Calcutta medical institutions reports 1892-1900
Year: 1892
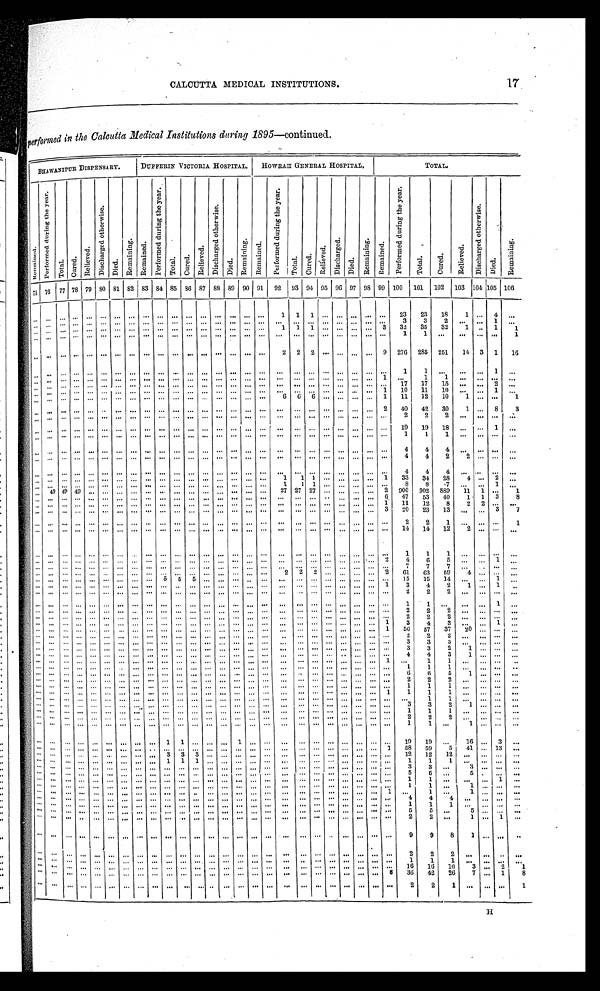
CALCUTTA MEDICAL INSTITUTIONS
17
performed in the Calcutta Medical Institutions during 1895 —continued.
BHAWANIPUR DISPENSARY.
DUFFERIN VICTORIA HOSPITAL.
HOWRAH GENERAL HOSPITAL.
TOTAL.
R e m a i n e d
P e r f o r m e d d u r i n g t h e y e a r .
T o t a l . C u r e d .
Relieved.
D i s c h a r g e d o t h e r w i s e .
D i e d .
R e m a i n i n g . R e m a i n e d .
P e r f o r m e d d u r i n g t h e y e a r .
T o t a l .
Cured.
R e l i e v e d .
D i s c h a r g e d o t h e r w i s e .
D i e d .
R e m a i n i n g .
R e m a i n e d .
P e r f o r m e d d u r i n g t h e y e a r .
T o t a l .
C u r e d .
R e l i e v e d .
Di s c ha r ge d.
D i e d .
R e m a i n i n g .
R e m a i n e d .
P e r f o r m e d d u r i n g t h e y e a r .
T o t a l .
C u r e d .
R e l i e v e d .
D i s c h a r g e d o t h e w i s e .
D i e d .R
e m a i n i n g .
7 5 76
77 78 79 8O 81 82 83 84 85 86 87 88 89 90 91
92
93 94 95 96 97 98 99 100
101
102
103 104 105 1 0 6
. . .
. . .
. . .
. . . . . .
. . .
. . .
. . .
. . .
. . .
. . . . . .
. . .
. . .
. . .
. . .
. . .
1
1
1
. . . . . .
. . .
. . .
. . .
23
23
18
1
. . . 4
. . .
. . . . . .
. . .
. . . . . .
. . .
. . .
. . .
. . .
. . .
. . . . . .
. . .
. . .
. . .
. . .
. . .
. . .
. . .
. . .
. . .. . .
. . .
. . .
. . .
3
3
2
. . .
. . .
1
. . .
. . . . . .
. . .
. . . . . .
. . .
. . .
. . .
. . .
. . .
. . . . . .
. . .
. . .
. . .
. . .
. . .
1
1
1
. . . . . .
. . .
. . . 3
32
35
32
1
. . . 1
1
. . . . . .
. . .
. . . . . .
. . .
. . .
. . .
. . .
. . .
. . .. . .
. . .
. . .
. . .
. . .
. . .
. . .
. . .
. . .
. . .. . .
. . .
. . .
. . .
1
1
. . .
. . .
. . .
. . .
1
. . .
. . .
. . .
. . . . . .
. . .
. . .
. . .
. . .
. . .
. . .. . .
. . .
. . .
. . .
. . .
. . .
2
2
2
. . . . . .
. . .
. . . 9
276
285
251
14
3
1
16
. . .
. . .
. . .
. . . . . .
. . .
. . .
. . .
. . .
. . .
. . .
. . .
. . .
. . .
. . .
. . .
. . .
. . .
. . .
. . .
. . .
. . .
. . .
. . .
. . .
1
1
. . .
. . .
. . .
1
. . .
. . .
. . .
. . .
. . . . . .
. . .
. . .
. . .
. . .
. . .
. . .
. . .
. . .
. . .
. . .
. . .
. . .
. . .
. . .
. . .
. . .
. . .
. . .
. . . 1
. . .
1
1
. . .
. . .
. . .
. . .
. . .
. . .
. . .
. . . . . .
. . .
. . .
. . .
. . .
. . .
. . .
. . .
. . .
. . .
. . .
. . .
. . .
. . .
. . .
. . .
. . .
. . .
. . .
. . . . . .
17
17
15
. . .
. . . 2
. . .
. . .
. . .
. . .
. . . . . .
. . .
. . .
. . .
. . .
. . .
. . .
. . .
. . .
. . .
. . .
. . .
. . .
. . .
. . .
. . .
. . .
. . .
. . .
. . .
1
1 0
1 1
1 0
. . .
. . .
1
. . .
. . .
. . .
. . .
. . . . . .
. . .
. . .
. . .
. . .
. . .
. . .
. . .
. . .
. . .
. . .
. . .
. . .
6
6
6
. . .
. . .
. . .
. . .
1
11
12
10
1
. . .
. . .
1
. . .
. . .
. . .
. . .. . .
. . .
. . .
. . .
. . .
. . .
. . .
. . .
. . .
. . .
. . .
. . .
. . .
. . .
. . .
. . .
. . .
. . .
. . .
. . . 2
40
42
30
1
. . .
8
3
. . .
. . .
. . .
. . .. . .
. . .
. . .
. . .
. . .
. . .
. . .
. . .
. . .
. . .
. . .
. . .
. . .
. . .
. . .
. . .
. . .
. . .
. . .
. . .
. . .
2
2
2
. . .
. . .
. . .
. . .
. . .
. . .
. . .
. . .. . .
. . .
. . .
. . .
. . .
. . .
. . .
. . .
. . .
. . .
. . .
. . .
. . .
. . .
. . .
. . .
. . .
. . .
. . .
. . .
. . . 19
19
18
. . .
. . . 1
. . .
. . .
. . .
. . .
. . .. . .
. . .
. . .
. . .
. . .
. . .
. . .
. . .
. . .
. . .
. . .
. . .
. . .
. . .
. . .
. . .
. . .
. . .
. . .
. . .
. . .
1
1
1
. . .
. . .
. . .
. . .
. . .
. . .
. . .
. . .. . .
. . .
. . .
. . .
. . .
. . .
. . .
. . .
. . .
. . .
. . .
. . .
. . .
. . .
. . .
. . .
. . .
. . .
. . .
. . .
. . .
4
4
4
. . .
. . .
. . .
. . .
. . .
. . .
. . .
. . .. . .
. . .
. . .
. . .
. . .
. . .
. . .
. . .
. . .
. . .
. . .
. . .
. . .
. . .
. . .
. . .
. . .
. . .
. . .
. . .
. . .
4
4
2
2
. . .
. . .
. . .
. . .
. . .
. . .
. . .. . .
. . .
. . .
. . .
. . .
. . .
. . .
. . .
. . .
. . .
. . .
. . .
. . .
. . .
. . .
. . .
. . .
. . .
. . .
. . .
. . .
4
4
4 . . .
. . .
. . .
. . .
. . .
. . .
. . .
. . .. . .
. . .
. . .
. . .
. . .
. . .
. . .
. . .
. . .
. . .
. . .
. . .
. . .
1
1 1
. . .
. . .
. . .
. . .
1
33
34
28
4
. . . 2
. . .
. . .
. . .
. . .
. . .. . .
. . .
. . .
. . .
. . .
. . .
. . .
. . .
. . .
. . .
. . .
. . .
. . .
1
1
1
. . .
. . .
. . .
. . .
. . .
8
8
7
. . .
. . . 1
. . .
. . . 49 49 49 . . .
. . .
. . .
. . .
. . .
. . .
. . .
. . .
. . .
. . .
. . .
. . .
. . .
27 27 27
. . .
. . .
. . . . . .
2
900
902
889
11
1
. . .
1
. . .
. . .
. . .
. . .. . .
. . .
. . .
. . .
. . .
. . .
. . .
. . .
. . .
. . .
. . .
. . .
. . .
. . .
. . .
. . .
. . .
. . .
. . .
. . . 6
47
53
40
1
1
3
8
. . .
. . .
. . .
. . .. . .
. . .
. . .
. . .
. . .
. . .
. . .
. . .
. . .
. . .
. . .
. . .
. . .
. . .
. . .
. . .
. . .
. . .
. . .
. . . 1
11
12
8
2
2
. . .
. . .
. . .
. . .
. . .
. . .. . .
. . .
. . .
. . .
. . .
. . .
. . .
. . .
. . .
. . .
. . .
. . .
. . .
. . .
. . .
. . .
. . .
. . .
. . .
. . . 3
20
23
13
. . .
. . . 3
7
. . .
. . .
. . .
. . .. . .
. . .
. . .
. . .
. . .
. . .
. . .
. . .
. . .
. . .
. . .
. . .
. . .
. . .
. . .
. . .
. . .
. . .
. . .
. . .
. . .
2
2
1 . . .
. . .
. . .
1
. . .
. . .
. . .
. . .. . .
. . .
. . .
. . .
. . .
. . .
. . .
. . .
. . .
. . .
. . .
. . .
. . .
. . .
. . .
. . .
. . .
. . .
. . .
. . .
. . .
14
14
12
2
. . .
. . .
. . .
. . .
. . .
. . .
. . .. . .
. . .. . . . . .
. . .
. . .
. . .
. . .
. . .
. . .. . . . . .
. . .
. . .
. . .
. . .
. . .
. . .
. . .
. . .
. . .
1
1
1
. . .
. . .
. . .
. . .
. . .
. . .
. . .
. . .. . .
. . .. . . . . .
. . .
. . .
. . .
. . .
. . .
. . .. . . . . .
. . .
. . .
. . .
. . .
. . .
. . .
. . .
. . .
2
4
6
5
. . .
. . . 1
. . .
. . .
. . .
. . .
. . .. . .
. . .. . . . . .
. . .
. . .
. . .
. . .
. . .
. . .. . . . . .
. . .
. . .
. . .
. . .
. . .
. . .
. . .
. . .
. . .
7
7
7
. . .
. . .
. . .
. . .
. . .
. . .
. . .
. . .. . .
. . .. . . . . .
. . .
. . .
. . .
. . .
. . .
. . .. . . . . .
. . .
2
2
2
. . .
. . .
. . .
. . .
2
61
63
59
4
. . .
. . .
. . .
. . .
. . .
. . .
. . .. . .
. . .. . . . . .
. . .
5
5
5
. . .
. . .. . . . . .
. . .
. . .
. . .
. . .
. . .
. . .
. . .
. . .
. . .
15
15
14
. . .
. . . 1
. . .
. . .
. . .
. . .
. . .. . .
. . .. . . . . .
. . .
. . .
. . .
. . .
. . .
. . .. . . . . .
. . .
. . .
. . .
. . .
. . .
. . .
. . .
. . . 1
3
4
2
1
. . .
1
. . .
. . .
. . .
. . .
. . .. . .
. . .. . . . . .
. . .
. . .
. . .
. . .
. . .
. . .. . . . . .
. . .
. . .
. . .
. . .
. . .
. . .
. . .
. . .
. . .
2
2
2
. . .
. . .
. . .
. . .
. . .
. . .
. . .
. . .
. . .
. . .
. . .. . .
. . .
. . .
. . .
. . .
. . .
. . .
. . .
. . .
. . .
. . .
. . .
. . .
. . .
. . .
. . .
. . .
. . .
1
1
. . .
. . .
. . . 1
. . .
. . . . . .
. . .
. . .
. . .
. . .
. . . . . .
. . .
. . .
. . .
. . .
. . .
. . .
. . .
. . .
. . .
. . .
. . .
. . .
. . .
. . .
. . .
. . .
. . .
2
2
2
. . .
. . .
. . .
. . .
. . .
. . .
. . .
. . .
. . .
. . .
. . . . . .
. . .
. . .
. . .
. . .
. . .
. . .
. . .
. . .
. . .
. . .
. . .
. . .
. . .
. . .
. . .
. . .
. . .
2
2
2
. . .
. . .
. . .
. . .
. . .
. . .
. . .
. . .
. . .
. . .
. . . . . .
. . .
. . .
. . .
. . .
. . .
. . .
. . .
. . .
. . .
. . .
. . .
. . .
. . .
. . .
. . .
. . . 1
3
4
3
. . .
. . .
1
. . .
. . . . . .
. . .
. . .
. . .
. . .
. . . . . .
. . .
. . .
. . .
. . .
. . .
. . .
. . .
. . .
. . .
. . .
. . .
. . .
. . .
. . .
. . .
. . . 1
56
57
37
2 0
. . .
. . .
. . .
. . . . . .
. . .
. . .
. . .
. . .
. . . . . .
. . .
. . .
. . .
. . .
. . .
. . .
. . .
. . .
. . .
. . .
. . .
. . .
. . .
. . .
. . .
. . .
. . .
2
2
2
. . .
. . .
. . .
. . .
. . .
. . .
. . .
. . .
. . .
. . .
. . . . . .
. . .
. . .
. . .
. . .
. . .
. . .
. . .
. . .
. . .
. . .
. . .
. . .
. . .
. . .
. . .
. . .
. . .
3
3
3 . . .
. . .
. . .
. . .
. . .
. . .
. . .
. . .
. . .
. . .
. . . . . .
. . .
. . .
. . .
. . .
. . .
. . .
. . .
. . .
. . .
. . .
. . .
. . .
. . .
. . .
. . .
. . .
. . .
3
3
2
1
. . .
. . .
. . .
. . .
. . .
. . .
. . .
. . .
. . .
. . . . . .
. . .
. . .
. . .
. . .
. . .
. . .
. . .
. . .
. . .
. . .
. . .
. . .
. . .
. . .
. . .
. . .
. . .
4
4
3
1
. . .
. . .
. . .
. . . . . .
. . .
. . .
. . .
. . .
. . . . . .
. . .
. . .
. . .
. . .
. . .
. . .
. . .
. . .
. . .
. . .
. . .
. . .
. . .
. . .
. . .
. . . 1
. . .
1
1
. . .
. . .
. . .
. . .
. . . . . .
. . .
. . .
. . .
. . .
. . .
. . .
. . .
. . .
. . .
. . .
. . .
. . .
. . .
. . .
. . .
. . .
. . .
. . .
. . .
. . .
. . .
. . .
. . .
1
1
1
. . .
. . .
. . .
. . .
. . .
. . .
. . .
. . .
. . .
. . .
. . . . . .
. . .
. . .
. . .
. . .
. . .
. . .
. . .
. . .
. . .
. . .
. . .
. . .
. . .
. . .
. . .
. . .
. . .
6
6
5
1
. . .
. . .
. . .
. . .
. . .
. . .
. . .
. . .
. . .
. . . . . .
. . .
. . .
. . .
. . .
. . .
. . .
. . .
. . .
. . .
. . .
. . .
. . .
. . .
. . .
. . .
. . .
. . .
2
2
2
. . .
. . .
. . .
. . .
. . . . . .
. . .
. . .
. . .
. . .
. . . . . .
. . .
. . .
. . .
. . .
. . .
. . .
. . .
. . .
. . .
. . .
. . .
. . .
. . .
. . .
. . .
. . .
. . .
1
1
1 . . .
. . .
. . .
. . .
. . .
. . .
. . .
. . .
. . .
. . .
. . . . . .
. . .
. . .
. . .
. . .
. . .
. . .
. . .
. . .
. . .
. . .
. . .
. . .
. . .
. . .
. . .
. . . 1
1
1
1
. . .
. . .
. . .
. . .
. . .
. . .
. . .
. . .
. . .
. . .
. . . . . .
. . .
. . .
. . .
. . .
. . .
. . .
. . .
. . .
. . .
. . .
. . .
. . .
. . .
. . .
. . .
. . .
. . .
. . .
1
1
. . .
. . .
. . .
. . .
. . . . . .
. . .
. . .
. . .
. . .
. . . . . .
. . .
. . .
. . .
. . .
. . .
. . .
. . .
. . .
. . .
. . .
. . .
. . .
. . .
. . .
. . .
. . .
. . .
3
3
2 1
. . .
. . .
. . .
. . .
. . .
. . .
. . .
. . .
. . .
. . . . . .
. . .
. . .
. . .
. . .
. . .
. . .
. . .
. . .
. . .
. . .
. . .
. . .
. . .
. . .
. . .
. . .
. . .
1
1
1
. . .
. . .
. . .
. . .
. . . . . .
. . .
. . .
. . .
. . .
. . . . . .
. . .
. . .
. . .
. . .
. . .
. . .
. . .
. . .
. . .
. . .
. . .
. . .
. . .
. . .
. . .
. . .
. . .
2
2
2
. . .
. . .
. . .
. . .
. . .
. . .
. . .
. . .
. . .
. . .
. . .. . .
. . .
. . .
. . .
. . .
. . .
. . .
. . .
. . .
. . .
. . .
. . .
. . .
. . .
. . .
. . .
. . .
. . .
1
1
. . .
1
. . .
. . .
. . .
. . .
. . .
. . .
. . .
. . .
. . .
. . .
. . .
. . .
1
1
. . .
. . .
. . .
1 . . . . . . . . .
. . .
. . .
. . .
. . .
. . .
. . .
. . .
1 9
1 9
. . . 16
. . . 3
. . .
. . . . . .
. . .
. . .
. . .
. . .
. . .
. . .
. . .
. . .
. . .
. . .
. . .
. . .
. . . . . . . . . . . .
. . .
. . .
. . .
. . .
. . .
. . . 1
58
59
5
41
. . . 13
. . .
. . .
. . .
. . .
. . .
. . .
. . .
. . .
. . .
. . .
3
3
3
. . .
. . .
. . . . . . . . . . . .
. . .
. . .
. . .
. . .
. . .
. . .
. . .
12
12
12
. . .
. . .
. . .
. . .
. . .
. . .
. . .
. . .
. . .
. . .
. . .
. . .
. . .
1
1
1
. . .
. . .
. . . . . . . . . . . .
. . .
. . .
. . .
. . .
. . .
. . .
. . .
1
1
1
. . .
. . .
. . .
. . .
. . . . . .
. . .
. . .
. . .
. . .
. . .
. . .
. . .
. . .
. . .
. . .
. . .
. . .
. . . . . . . . . . . .
. . .
. . .
. . .
. . .
. . .
. . .
. . .
3
3 . . .
3
. . .
. . .
. . .
. . .
. . .
. . .
. . .
. . .
. . .
. . .
. . .
. . .
. . .
. . .
. . .
. . .
. . .
. . . . . . . . . . . .
. . .
. . .
. . .
. . .
. . .
. . .
. . .
5
5
. . .
5
. . .
. . .
. . .
. . .
. . .
. . .
. . .
. . .
. . .
. . .
. . .
. . .
. . .
. . .
. . .
. . .
. . .
. . .. . . . . . . . .
. . .
. . .
. . .
. . .
. . .
. . .
. . .
1
1
. . .
. . .
. . .
1
. . .
. . .
. . .
. . .
. . .
. . .
. . .
. . .
. . .
. . .
. . .
. . .
. . .
. . .
. . .
. . .. . . . . . . . .
. . .
. . .
. . .
. . .
. . .
. . .
. . .
1
1
. . .
1
. . .
. . .
. . .
. . .
. . .
. . .
. . .
. . .
. . .
. . .
. . .
. . .
. . .
. . .
. . .
. . .
. . .
. . .. . . . . . . . .
. . .
. . .
. . .
. . .
. . .
. . . 1
. . .
1
. . .
1
. . .
. . .
. . .
. . .
. . .
. . .
. . .
. . .
. . .
. . .
. . .
. . .
. . .
. . .
. . .
. . .
. . .
. . .. . . . . . . . .
. . .
. . .
. . .
. . .
. . .
. . .
. . .
4
4
4
. . .
. . .
. . .
. . .
. . .
. . .
. . .
. . .
. . .
. . .
. . .
. . .
. . .
. . .
. . .
. . .
. . .
. . .
. . .. . . . . . . . .
. . .
. . .
. . .
. . .
. . .
. . .
. . .
1
1
1
. . .
. . .
. . .
. . .
. . .
. . .
. . .
. . .
. . .
. . .
. . .
. . .
. . .
. . .
. . .
. . .
. . .
. . .
. . .. . . . . . . . .
. . .
. . .
. . .
. . .
. . .
. . .
. . .
5
5
. . .
5
. . .
. . .
. . .
. . .
. . .
. . .
. . .
. . .
. . .
. . .
. . .
. . .
. . .
. . .
. . .
. . .
. . .
. . .. . . . . . . . .
. . .
. . .
. . .
. . .
. . .
. . .
. . .
2
2
. . .
1
. . . 1
. . .
. . .
. . .
. . .
. . .. . .
. . .. . .
. . .
. . .
. . .
. . .
. . .. . .
. . .. . . . . . . . . . . .
. . .
. . .
. . .
. . .
. . .
. . .
. . .
9
9
8
1
. . .
. . .
. . .
. . .
. . .
. . .
. . .. . .
. . .. . .
. . .
. . .
. . .
. . .
. . .. . .
. . .. . . . . . . . . . . .
. . .
. . .
. . .
. . .
. . .
. . .
. . .
2
2
2
. . .
. . .
. . .
. . .
. . .
. . .
. . .
. . .. . .
. . .. . .
. . .
. . .
. . .
. . .
. . .. . .
. . .. . . . . . . . . . . .
. . .
. . .
. . .
. . .
. . .
. . .
. . .
1
1
1
. . .
. . .
. . .
. . .
. . .
. . .
. . .
. . .. . .
. . .. . .
. . .
. . .
. . .
. . .
. . .. . .
. . .. . . . . . . . . . . .
. . .
. . .
. . .
. . .
. . .
. . .
. . .
16
16
10
3
. . . 2
1
. . .
. . .
. . .
. . .. . .
. . .. . .
. . .
. . .
. . .
. . .
. . .. . .
. . .. . . . . . . . . . . .
. . .
. . .
. . .
. . .
. . .
. . . 6
36
42
26
7
. . .
1
8
. . .
. . .
. . .
. . .. . .
. . .. . .
. . .
. . .
. . .
. . .
. . .. . .
. . .. . . . . . . . . . . .
. . .
. . .
. . .
. . .
. . .
. . .
. . .
2
2
1
. . .
. . .
. . .
1